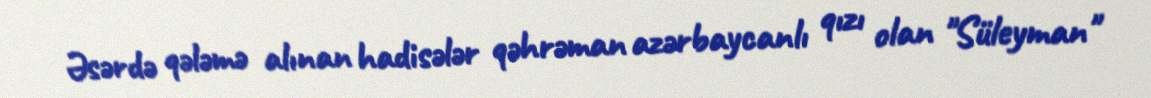
Əsərdə qələmə alınan hadisələr qəhrəman azərbaycanlı qızı olan "Süleyman"